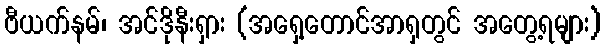
ဗီယက်နမ်၊ အင်ဒိုနီးရှား (အရှေ့တောင်အာရှတွင် အတွေ့ရများ)